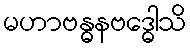
မဟာဗန္ဓနဗဒ္ဓေါသိ